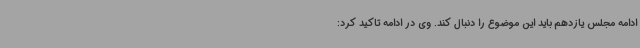
ادامه مجلس یازدهم باید این موضوع را دنبال کند. وی در ادامه تاکید کرد: